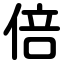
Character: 倍